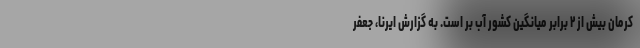
کرمان بیش از ۲ برابر میانگین کشور آب بر است. به گزارش ایرنا، جعفر